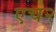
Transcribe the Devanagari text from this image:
एच२